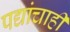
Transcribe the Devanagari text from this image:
पद्यांचाही